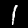
Digit: 1